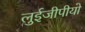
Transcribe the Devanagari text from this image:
लुईजीपीयो